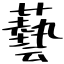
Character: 藝